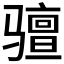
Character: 𫘰